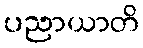
ပညာယာတိ